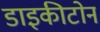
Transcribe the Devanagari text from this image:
डाइकीटोन